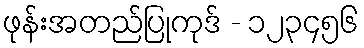
ဖုန်းအတည်ပြုကုဒ် - ၁၂၃၄၅၆